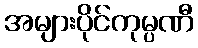
အများပိုင်ကုမ္ပဏီ